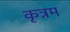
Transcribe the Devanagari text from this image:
कृत्रम